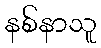
နစ်နာသူ